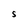
Character: S